Sanitation, dispensaries and jails vaccination Rajputana 1922-1927 - 1922-1927
Year: 1922
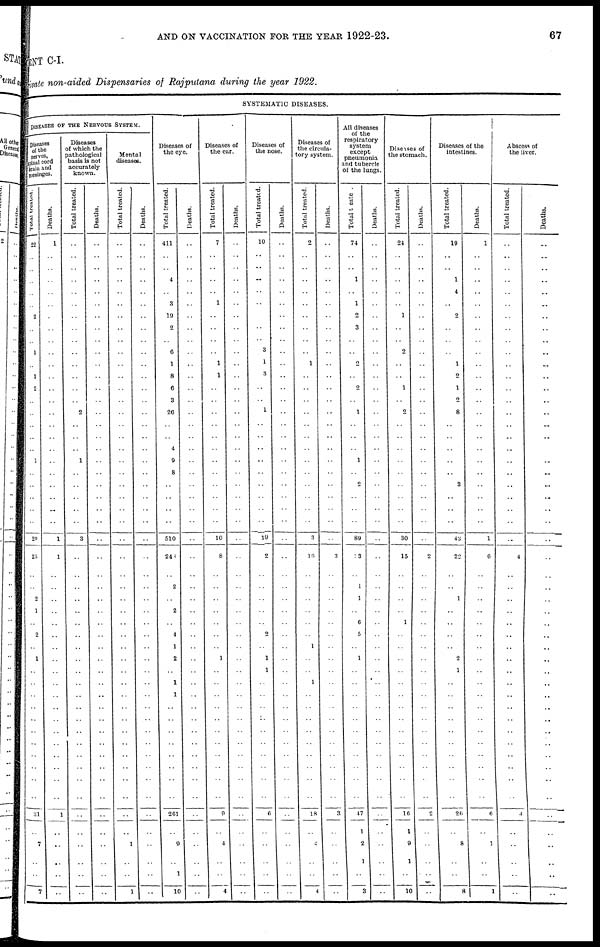
AND ON VACCINATION FOR THE YEAR 1922-23.
67
MENT C-I.
Private non-aided Dispensaries of Rajputana during the year 1922.
SYSTEMATIC DISEASES.
DISEASES OF THE NERVOUS SYSTEM.
Diseases
of the
nerves,
spinal cord
brain and
meninges.
Total treated.
22
..
..
..
..
..
2
..
..
1
..
1
2
..
..
..
..
..
1
..
..
..
..
..
29
25
..
..
2
1
..
2
..
1
..
..
..
..
..
..
..
..
..
..
..
31
..
7
..
..
7
Deaths.
1
..
..
..
..
..
..
..
..
..
..
..
..
..
..
..
..
..
..
..
..
..
..
..
1
1
..
..
..
..
..
..
..
..
..
..
..
..
..
..
..
..
..
..
..
1
..
..
..
..
..
Diseases
of which the
pathological
basis is not
accurately
known.
Total treated.
..
..
..
..
..
..
..
..
..
..
..
..
..
..
2
..
..
..
1
..
..
..
..
..
3
..
..
..
..
..
..
..
..
..
..
..
..
..
..
..
..
..
..
..
..
..
..
..
..
..
..
Deaths.
..
..
..
..
..
..
..
..
..
..
..
..
..
..
..
..
..
..
..
..
..
..
..
..
..
..
..
..
..
..
..
..
..
..
..
..
..
..
..
..
..
..
..
..
..
..
..
..
..
..
..
Mental
diseases.
Total treated.
..
..
..
..
..
..
..
..
..
..
..
..
..
..
..
..
..
..
..
..
..
..
..
..
..
..
..
..
..
..
..
..
..
..
..
..
..
..
..
..
..
..
....
..
..
..
..
1
..
..
1
Deaths.
..
..
..
..
..
..
..
..
..
..
..
..
..
..
..
..
..
..
..
..
..
..
..
..
..
..
..
..
..
..
..
..
..
..
..
..
..
..
..
..
..
..
..
..
..
..
..
..
..
..
..
Diseases of
the eye.
Total treated.
411
..
..
4
..
3
19
2
..
6
1
8
6
3
26
..
..
4
9
8
..
..
..
..
510
246
..
2
..
2
..
4
1
2
..
1
1
..
..
..
..
..
..
..
..
261
..
9
..
1
10
Deaths.
..
..
..
..
..
..
..
..
..
..
..
..
..
..
..
..
..
..
..
..
..
..
..
..
..
..
..
..
..
..
..
..
..
..
..
..
..
..
..
..
..
..
..
..
..
..
..
..
..
..
..
Diseases of
the ear.
Total treated.
7
..
..
..
..
1
..
..
..
..
1
1
..
..
..
..
..
..
..
..
..
..
..
..
10
8
..
..
..
..
..
..
..
1
..
..
..
..
..
..
..
..
..
..
..
9
..
4
..
..
4
Deaths.
..
..
..
..
..
..
..
..
..
..
..
..
..
..
..
..
..
..
..
..
..
..
..
..
..
..
..
..
..
..
..
..
..
..
..
..
..
..
..
..
..
..
..
..
..
..
..
..
..
..
..
Diseases of
the nose.
Total treated.
10
..
..
..
..
..
..
..
..
3
1
3
..
..
1
..
..
..
..
..
..
..
..
..
19
2
..
..
..
..
..
2
..
1
1
..
..
..
..
..
..
..
..
..
..
6
..
..
..
..
..
Deaths.
..
..
..
..
..
..
..
..
..
..
..
..
..
..
..
..
..
..
..
..
..
..
..
..
..
..
..
..
..
..
..
..
..
..
..
..
..
..
..
..
..
..
..
..
..
..
..
..
..
..
..
Diseases of
the circula-
tory system.
Total treated.
2
..
..
..
..
..
..
..
..
..
1
..
..
..
..
..
..
..
..
..
..
..
..
..
3
16
..
..
..
..
..
..
1
..
..
1
..
..
..
..
..
..
..
..
..
18
..
4
..
..
4
Deaths.
..
..
..
..
..
..
..
..
..
..
..
..
..
..
..
..
..
..
..
..
..
..
..
..
..
3
..
..
..
..
..
..
..
..
..
..
..
..
..
..
..
..
..
..
..
3
..
..
..
..
..
All diseases
of the
respiratory
system
except
pneumonia
and tubercle
of the lungs.
Total treated.
74
..
..
1
..
1
2
3
..
..
2
..
2
..
1
..
..
..
1
..
2
..
..
..
89
13
..
1
1
..
6
5
..
1
..
..
..
..
..
..
..
..
..
..
..
47
1
2
1
..
3
Deaths.
..
..
..
..
..
..
..
..
..
..
..
..
..
..
..
..
..
..
..
..
..
..
..
..
..
..
..
..
..
..
..
..
..
..
..
..
..
..
..
..
..
..
..
..
..
..
..
..
..
..
..
Diseases of
the stomach.
Total treated.
24
..
..
..
..
..
1
..
..
2
..
..
1
..
2
..
..
..
..
..
..
..
..
..
30
15
..
..
..
..
1
..
..
..
..
..
..
..
..
..
..
..
..
..
..
16
1
9
1
..
10
Deaths.
..
..
..
..
..
..
..
..
..
..
..
..
..
..
..
..
..
..
..
..
..
..
..
..
..
2
..
..
..
..
..
..
..
..
..
..
..
..
..
..
..
..
..
..
..
2
..
..
..
..
..
Diseases of the
intestines.
Total treated.
19
..
..
1
4
..
2
..
..
..
1
2
..
2
8
..
..
..
..
..
3
..
..
..
43
22
..
..
1
..
..
..
..
2
1
..
..
..
..
..
..
..
..
..
..
26
..
8
..
..
8
Deaths.
1
..
..
..
..
..
..
..
..
..
..
..
..
..
..
..
..
..
..
..
..
..
..
..
1
6
..
..
..
..
..
..
..
..
..
..
..
..
..
..
..
..
..
..
..
6
..
1
..
..
1
Abscess of
the liver.
Total treated.
..
..
..
..
..
..
..
..
..
..
..
..
..
..
..
..
..
..
..
..
..
..
..
..
..
4
..
..
..
..
..
..
..
..
..
..
..
..
..
..
..
..
..
..
..
4
..
..
..
..
..
Deaths.
..
..
..
..
..
..
..
..
..
..
..
..
..
..
..
..
..
..
..
..
..
..
..
..
..
..
..
..
..
..
..
..
..
..
..
..
..
..
..
..
..
..
..
..
..
..
..
..
..
..
..